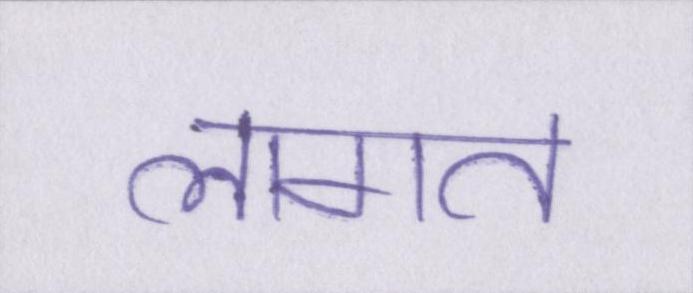
लागत